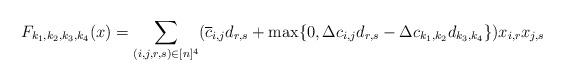
LaTeX: \begin{gather*}F_{k_1,k_2,k_3,k_4}(x) = \sum_{(i,j,r,s) \in [n]^4} (\overline{c}_{i,j}d_{r,s} + \max \{0, \Delta {c}_{i,j} d_{r,s} - \Delta c_{k_1,k_2}d_{k_3,k_4} \})x_{i,r}x_{j,s} \end{gather*}